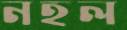
নহল